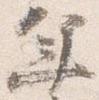
年